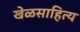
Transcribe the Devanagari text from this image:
खेळसाहित्य